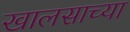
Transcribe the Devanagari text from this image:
खालसाच्या